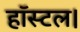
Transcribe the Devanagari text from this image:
हॉस्टल।